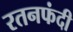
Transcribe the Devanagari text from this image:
रतनफंदी